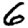
Digit: 6